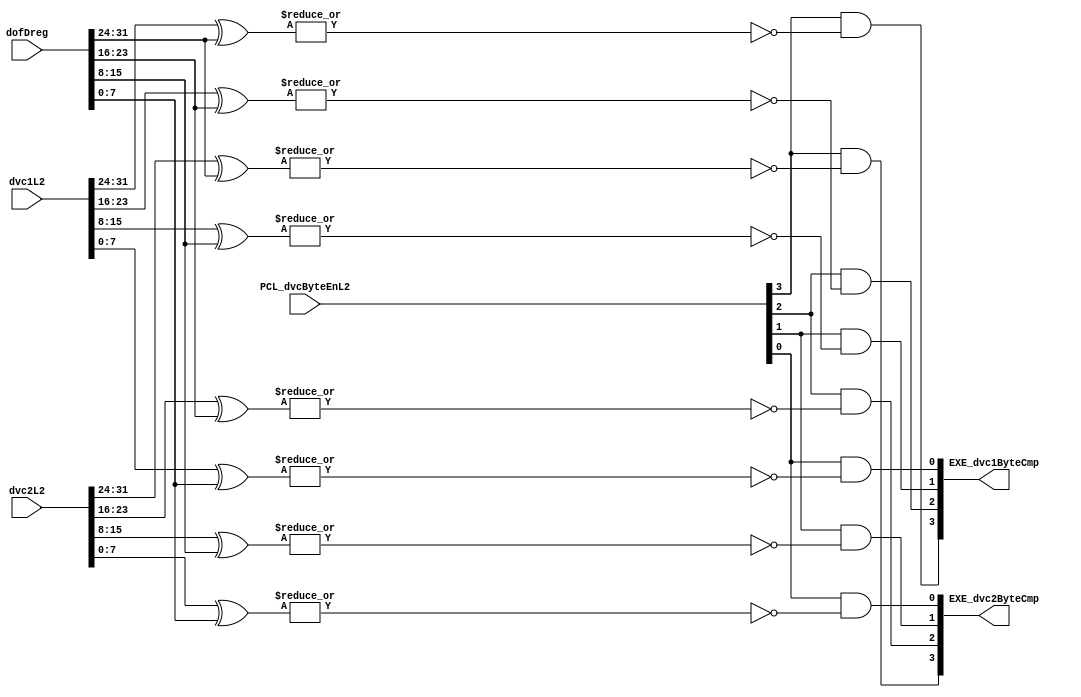
// 
// ************************************************************************** 
// 
//  Copyright (c) International Business Machines Corporation, 2005. 
// 
//  This file contains trade secrets and other proprietary and confidential 
//  information of International Business Machines Corporation which are 
//  protected by copyright and other intellectual property rights and shall 
//  not be reproduced, transferred to other documents, disclosed to others, 
//  or used for any purpose except as specifically authorized in writing by 
//  International Business Machines Corporation. This notice must be 
//  contained as part of this text at all times. 
// 
// ************************************************************************** 
//
module p405s_ldStDVC (EXE_dvc1ByteCmp, EXE_dvc2ByteCmp, dvc2L2, dvc1L2, dofDreg, PCL_dvcByteEnL2);
    output [0:3] EXE_dvc1ByteCmp;
    output [0:3] EXE_dvc2ByteCmp;
    input [0:31] dvc2L2;
    input [0:31] dvc1L2;
    input [0:31] dofDreg;
    input [0:3] PCL_dvcByteEnL2;

assign EXE_dvc1ByteCmp[0] = PCL_dvcByteEnL2[0] & (~|(dvc1L2[0:7] ^ dofDreg[0:7]));
assign EXE_dvc1ByteCmp[1] = PCL_dvcByteEnL2[1] & (~|(dvc1L2[8:15] ^ dofDreg[8:15]));
assign EXE_dvc1ByteCmp[2] = PCL_dvcByteEnL2[2] & (~|(dvc1L2[16:23] ^ dofDreg[16:23]));
assign EXE_dvc1ByteCmp[3] = PCL_dvcByteEnL2[3] & (~|(dvc1L2[24:31] ^ dofDreg[24:31]));

assign EXE_dvc2ByteCmp[0] = PCL_dvcByteEnL2[0] & (~|(dvc2L2[0:7] ^ dofDreg[0:7]));
assign EXE_dvc2ByteCmp[1] = PCL_dvcByteEnL2[1] & (~|(dvc2L2[8:15] ^ dofDreg[8:15]));
assign EXE_dvc2ByteCmp[2] = PCL_dvcByteEnL2[2] & (~|(dvc2L2[16:23] ^ dofDreg[16:23]));
assign EXE_dvc2ByteCmp[3] = PCL_dvcByteEnL2[3] & (~|(dvc2L2[24:31] ^ dofDreg[24:31]));

endmodule